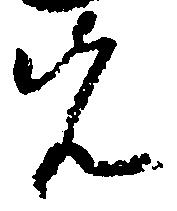
先